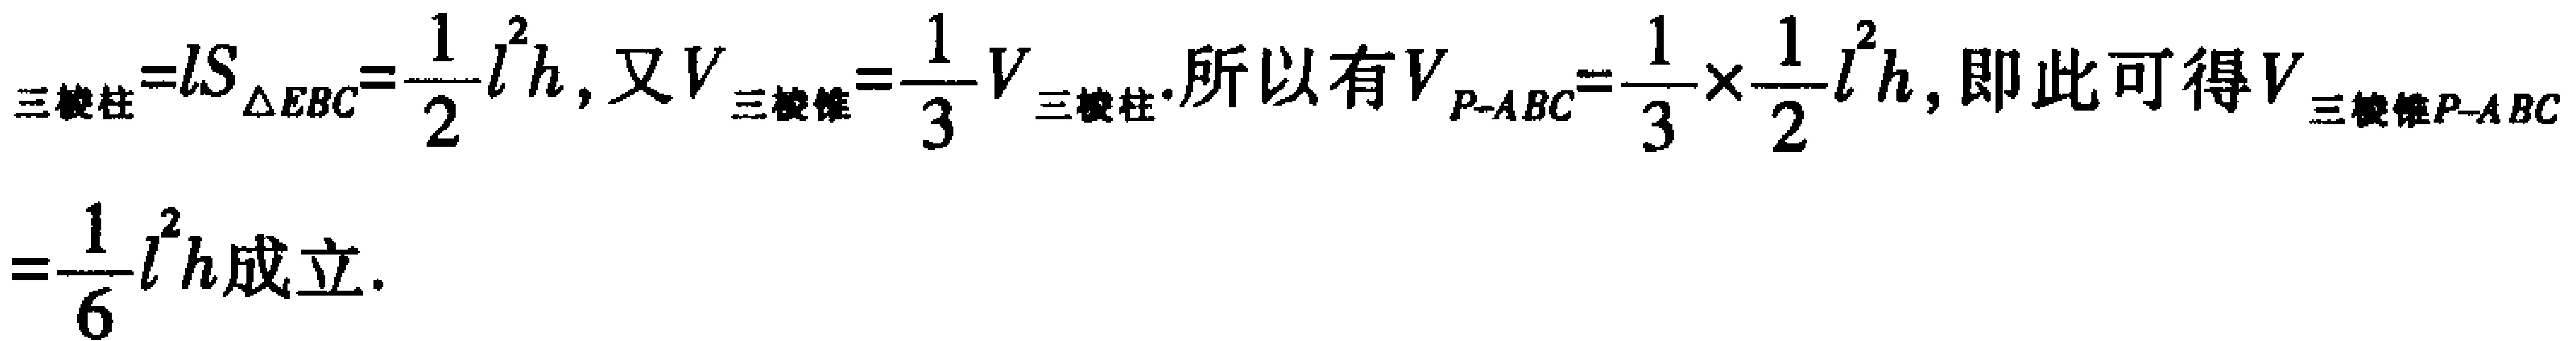
$V_{三棱柱}=lS_{\triangle EBC}=\frac{1}{2}l^{2}h , 又V_{三棱锥}=\frac{1}{3}V_{三棱柱}. 所以有V_{P - ABC}=\frac{1}{3}\times\frac{1}{2}l^{2}h , 即此可得V_{三棱锥P - ABC}=\frac{1}{6}l^{2}h成立.$